Civil Veterinary Dept. Bombay admin report 1907-1913 - 1907-1913
Year: 1907
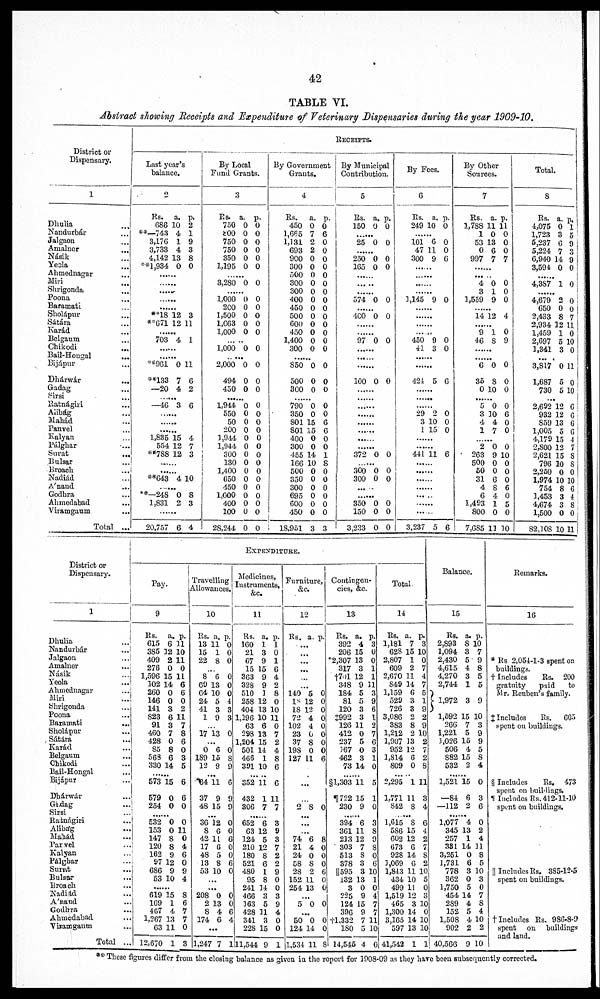
42
TABLE VI.
Abstract showing Receipts and Expenditure of Veterinary Dispensaries during the year 1909-10.
District or
Dispensary.
1
Dliulia ..
Nandurbár ...
Jalgaon ...
Amalner
...
Násik ...
Yeola ...
Ahmednagar
...
Miri ...
Shrigonda ...
Poona ...
Baramatl ...
Sholápur ...
Sátára ...
Karád ...
Belgaum ...
Chikodi ...
Bail-Hougal
...
Bijápur
Dhárwár ...
Gadag ...
Ratnágiri ...
Alibág ...
Mahád ...
Panvel ...
Kalyan ...
Pálghar ...
Surat
...
Bulsar ...
Broach
Nadiád ...
A'nand ...
Godhra ...
Ahmedabad ...
Viramgaum ...
Total ...
RECEIPTS
Last year's
balance.
2
Rs. a. p.
686 10 2
743
4 1
3,176 1 9
3,733 4 3
4,142 13 8
1,934 0 0
...
...
...
...
**18 12 3
671 12 11
...
703 4 1
...
...
961 0 11
133 7 6
—20 4 2
—46 3 6
...
...
...
1,835 15 4
554 12 7
788 12 3
.......
...
643 4 10
...
248 0 8
1,831 2 3
.......
20,757 6 4
By Local
Fund Grants.
3
Rs. a. p.
750 0 0
8oo o o
750 0 0
750 0 0
350 0 0
1,195 0 0
...
3,280 0 0
...
1,000 0 0
200 0 0
1,500 0 O
1,663 0 O
1,000 0 0
1,000 0 0
.. ...
2,000 0 0
494 0 0
450 0 0
1,944 0 0
550 0 0
50 0 O
200 0 O
1,944 0 0
1,944 0 O
300 0 0
130 0 O
1,400 0 0
650 0 0
450 0 0
1,000 0 0
400 0 O
100 0 0
28,244 0 O
By Government
Grants.
4
Rs. a. p.
450 0 O
1,665 7 6
1,13L 2 0
693 2 0
900 0 0
300 0 0
500 0 0
300 0 0
300 0 0
400 0 0
450 0 0
500 0 0
600 0 0
450 0 0
1,400 0 0
300 0 0
...
850 0 0
500 0 0
300 0 0
790 0 0
350 0 0
801 15 6
801 15 6
400 0 0
300 0 0
455 14 1
166 10 8
500 0 0
350 0 0
300 0 0
695 0 0
600 0 0
450 0 0
18,951 3 3
By Municipal
Contribution.
5
Rs. a. p.
150 0 0
...
25 0 0
...
250 0 0
165 0 0
...
...
...
574 0 0
...
4C0 0 0
...
...
97 0 0
...
...
...
100 0 0
...
...
...
...
...
...
...
372 0 0
300 0 0
300 0 0
...
350 0 0
150 0 0
3,233 O 0
By Fees.
6
Rs. a. p.
249 10 0
...
101 6 0
47 11 0
300 9 6
...
...
...
...
3,145 9 0
...
...
...
.......
450 9 0
41 3 o
...
...
421 5 6
...
...
29 2 0
3 10 0
1 15 0
...
...
441 11 6
...
...
...
...
3,237 5 6
By Other
Sources.
7
Rs. a. p.
1,788 11 11
10 0
53 13 O
0 6 0
997 7 7
...
4 0 0
3 1 0
1,559 9 0
...
14 12 4
...
9 1 0
46 8 9
...
...
6 0 0
35 8 0
0 10 0
5 0 0
3 30 6
4 4 0
17 0
...
2 0 0
263 9 10
500 0 0
50 0 0
31 6 0
4 8 6
6 4 0
1,493 1 5
800 0 0
7,685 1130
Total.
8
Rs. a. p.
1,075 0 1
1,723 3 5
5,237 6 9
5,224 7 3
6,940 14 9
3,594 0 0
...............
4,3S7 1 0
.......
4,679 2 0
650 0 0
2,433 8 7
2,934 12 11
1,459 1 0
2,697 5 10
1,341 3 0
.......
3,817 0 11
1,687 5 0
730 5 10
...
2,692 12 6
932 12 6
859 13 6
1,005 5 6
4,179 15 4
2,800 12 7
2,621 15 8
796 10 8
2,250 0 0
1,974 10 10
754 8 6
1,453 3 4
4,674 3 8
1,500 0 0
82,108 10 11
District or
Dispensary.
1
Dliulia
...
Nandurbár
...
Jalgaon
...
Amalner
...
Násik ...
Yeola ...
Ahmednagar...
Miri ...
Shrigondo ...
Poona ...
Baramati
...
Sholápur...
Sátára ...
Karád ...
Belgaum ...
Chikodi ...
Bail-Hongal ...
Bijápur ...
Dhárwár ...
Gadag ...
Sirsi ...
Ratnágiri ...
Alibág ...
Mahád...
Panvel ...
Kalyan ...
Pálghar ...
Surat ...
Bulsar ...
Broach
Nadiad ...
A'nand ...
Godhra ...
Ahmedabad ...
Viramgaum ...
Total ...
EXPENDITURE.
Pay.
9
Rs. a. p.
615 6 11
385 12 10
409 2 11
276 0 0
1,596 15 11
302 14 6
260 0 6
146 0 0
141 3 2
823 6 11
91 3 7
460 7 8
428 0 6
85 8 0
563 6 3
330 14 5
.......
573 15 6
579 0 6
254 0 0
........
532 0 0
153 0 11
147 8 0
120 8 4
162 9 6
97 12 0
686 9 9
53 10 4
........
619 15 8
169 1 6
467 4 7
1,267 13 7
63 11 0
12,670 1 3
Travelling
Allowances.
10
Rs. a. p.
13 11 0
15 1 0
22 8 0
...
8 6 0
69 13 0
64 10 0
24 5 4
41 3 3
19 3
...
17 13 0
...
0 6 0
189 15 8
12 9 9
...
64 11 6
37 9 9
48 15 9
...
36 12 0
8 6 0
42 11 6
17 6 0
48 5 0
13 8 6
53 10 0
...
...
208 0 0
2 13 0
8 4 6
174 6 4
...
3,247 7 1
Medicines,
Instruments,
&c.
11
Rs. a. p.
160 1 1
21 3 0
67 9 1
15 15 6
363 9 4
328 9 2
510 1 8
258 12 0
404 13 10
1,196 10 11
63 6 0
298 13 7
1,204 15 2
501 14 4
466 1 8
391 10 6
......
552 11 6
432 1 11
306 7 7
.......
652 6 3
63 12 9
124 5 3
210 12 7
180 8 2
521 6 2
480 1 9
95 8 0
241 34 0
466 3 3
363 5 9
428 31 4
341 3 0
228 15 0
11,544 9 1
Furniture,
&c.
12
Rs. a. p.
...
...
...
...
...
...
140 5 0
18 12 0
18 12 0
72 4 0
102 4 0
23 0 0
37 8 0
198 0 0
127 11 6
...
...
2 8 0
...
...
...
74 6 8
21 4 0
24 0 0
58 8 0
28 2 6
152 11 0
254 13 0
...
5 0 0
...
50 0 C
124 14 C
1,534 11 8
Contingen-
cies, &c.
13
Rs. a. p.
392 4 3
206 15 0
2,307 13 0
317 3 1
7ol 12 1
348 9 31
184 5 3
81 5 9
120 3 6
1992 3 1
126 11 2
412 0 7
237 5 6
167 O 3
462 3 1
73 14 0
........
§1,303 11 5
....... 11722 15 1
230 9 0
.......
394 6 3
361 11 8
213 12 9
303 7 8
513 8 0
378 3 6
||595 3 10
132 13 1
3 0 0
225 9 4
124 15 7
396 9 7
1,332 7 11
18O 5 10
14,545 4 0
Total.
14
Rs. a. p.
1,181 7 3
628 15 10
2,807 1 0
609 2 7
2,670 11 4
849 14 7
1,159 6 5
529 3 1
726 3 9
3,086 2 2
383 8 9
1,212 2 10
1,907 13 2
952 12 7
1,814 6 2
809 0 8
......
2,295 1 11
1,771 11 3
842 8 4
.......
1,615 8 6
586 15 4
602 12 2
673 6 7
928 14 8
3,069 6 2
1,843 11 10
434 10 5
499 11 0
1,519 12 3
465 3 1C
1,300 14 0
3,165 14 1C
597 13 1C
41,542 1 3
Balance.
15
Rs. a. p.
2,893 8 10
1,094 3 7
2,430 5 9
4,615 4 8
4,270 3 5
2,744 1 5
1,972 3 9
1,592 15 10
266 7 3
1,221 5 9
1026 15 9
506 4 5
882 15 8
532 2 4
.......
1,521 15 0
—84 6 3
—112 2 6
.......
1,077 4 0
345 13 2
257 1 4
331 14 31
3,251 0 8
1,731 6 5
778 3 10
362 0 3
1,750 5 0
454 14 7
289 4 8
152 5 4
1,508 4 10
902 2 2
40,566 9 10
Remarks.
16
Rs 2,054-1-3 spent on
buildings.
Includes
Rs. 200
gratuity
paid to
Mr. Reuben's family.
Includes Rs. 605
spent on buildings.
§ Includes Rs. 473
spent on buildings.
II Includes Rs. 412-11-10
spent on buildings.
Includes Rs. 385-12-5
spent on buildings.
Includes Rs. 986-8-9
spent on buildings
and land.
These figures differ from the closing balance as given in the report for 1908-09 as they have been subsequently corrected.